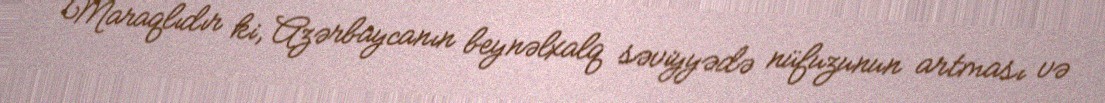
Maraqlıdır ki, Azərbaycanın beynəlxalq səviyyədə nüfuzunun artması və